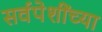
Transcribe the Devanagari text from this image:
सर्वपेशींच्या